Indian journal of veterinary science and animal husbandry - Volume 13,
Year: 1943
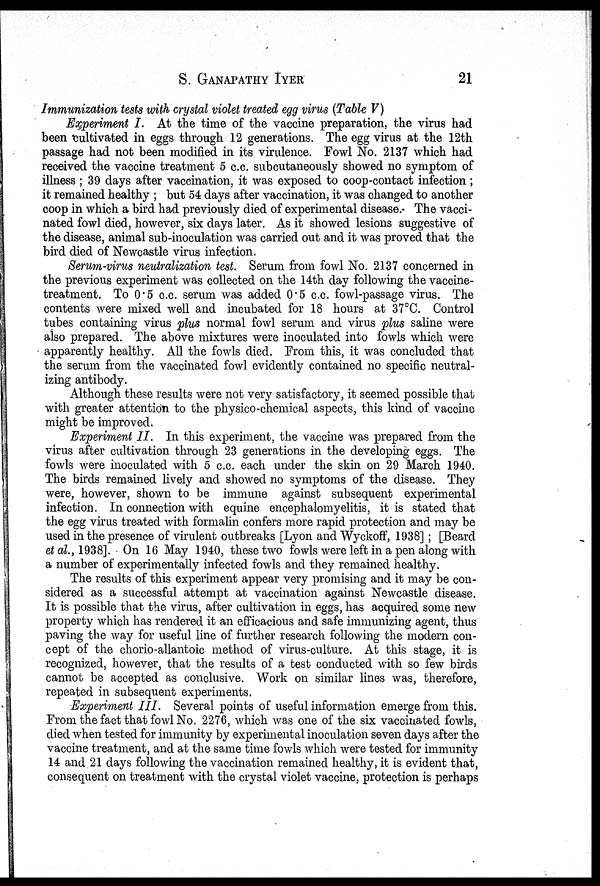
S.
GANAPATHY
IYER
21
Immunization tests with crystal violet treated egg virus (Table V)
Experiment I. At the time of the vaccine preparation, the virus had
been cultivated in eggs through 12 generations. The egg virus at the 12th
passage had not been modified in its virulence. Fowl No. 2137 which had
received the vaccine treatment 5 c.c. subcutaneously showed no symptom of
illness ; 39 days after vaccination, it was exposed to coop-contact infection ;
it remained healthy ; but 54 days after vaccination, it was changed to another
coop in which a bird had previously died of experimental disease. The vacci-
nated fowl died, however, six days later. As it showed lesions suggestive of
the disease, animal sub-inoculation was carried out and it was proved that the
bird died of Newcastle virus infection.
Serum-virus neutralization test. Serum from fowl No. 2137 concerned in
the previous experiment was collected on the 14th day following the vaccine-
treatment. To 0.5 c.c. serum was added 0.5 c.c. fowl-passage virus. The
contents were mixed well and incubated for 18 hours at 37°C. Control
tubes containing virus plus normal fowl serum and virus plus saline were
also prepared. The above mixtures were inoculated into fowls which were
apparently healthy. All the fowls died. From this, it was concluded that
the serum from the vaccinated fowl evidently contained no specific neutral-
izing antibody.
Although these results were not very satisfactory, it seemed possible that
with greater attention to the physico-chemical aspects, this kind of vaccine
might be improved.
Experiment II. In this experiment, the vaccine was prepared from the
virus after cultivation through 23 generations in the developing eggs. The
fowls were inoculated with 5 c.c. each under the skin on 29 March 1940.
The birds remained lively and showed no symptoms of the disease. They
were, however, shown to be immune against subsequent experimental
infection. In connection with equine encephalomyelitis, it is stated that
the egg virus treated with formalin confers more rapid protection and may be
used in the presence of virulent outbreaks [Lyon and Wyckoff, 1938] ; [Beard
et al., 1938]. On 16 May 1940, these two fowls were left in a pen along with
a number of experimentally infected fowls and they remained healthy.
The results of this experiment appear very promising and it may be con-
sidered as a successful attempt at vaccination against Newcastle disease.
It is possible that the virus, after cultivation in eggs, has acquired some new
property which has rendered it an efficacious and safe immunizing agent, thus
paving the way for useful line of further research following the modern con-
cept of the chorio-allantoic method of virus-culture. At this stage, it is
recognized, however, that the results of a test conducted with so few birds
cannot be accepted as conclusive. Work on similar lines was, therefore,
repeated in subsequent experiments.
Experiment III. Several points of useful information emerge from this.
From the fact that fowl No. 2276, which was one of the six vaccinated fowls,
died when tested for immunity by experimental inoculation seven days after the
vaccine treatment, and at the same time fowls which were tested for immunity
14 and 21 days following the vaccination remained healthy, it is evident that,
consequent on treatment with the crystal violet vaccine, protection is perhaps